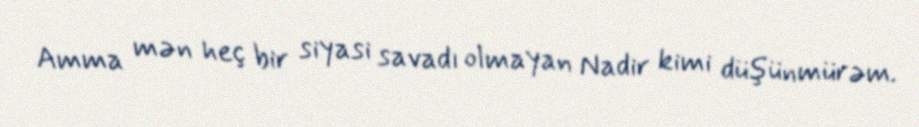
Amma mən heç bir siyasi savadı olmayan Nadir kimi düşünmürəm.